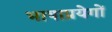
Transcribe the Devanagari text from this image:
भाषाप्रयेगों